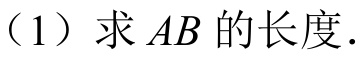
（1）求 \(AB\) 的长度.